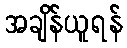
အချိန်ယူရန်